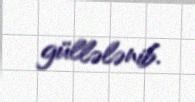
güllələnib.